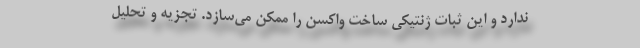
ندارد و این ثبات ژنتیکی ساخت واکسن را ممکن می‌سازد. تجزیه و تحلیل